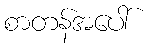
စာတန်အပေါ်